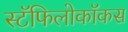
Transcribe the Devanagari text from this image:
स्टॅफिलोकॉकस